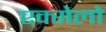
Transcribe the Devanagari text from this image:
एक्सेलो